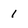
Character: 1